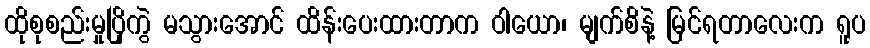
ထိုစုစည်းမှုပြိုကွဲ မသွားအောင် ထိန်းပေးထားတာက ဝါယော၊ မျက်စိနဲ့ မြင်ရတာလေးက ရူပ